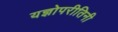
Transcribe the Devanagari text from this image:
यज्ञोपरीतिनी